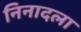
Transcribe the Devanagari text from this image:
निनादला